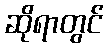
ဆိုရာတွင်